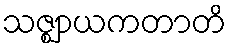
သဇ္ဈာယကတာတိ